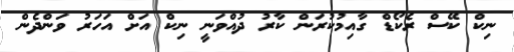
ނިކް ކޭސް ރެކޯޑް ގާއިމުކުރަން ކާރު ދުއްވަނީ ނިކް އަށް އަހަރު ވަންދެން